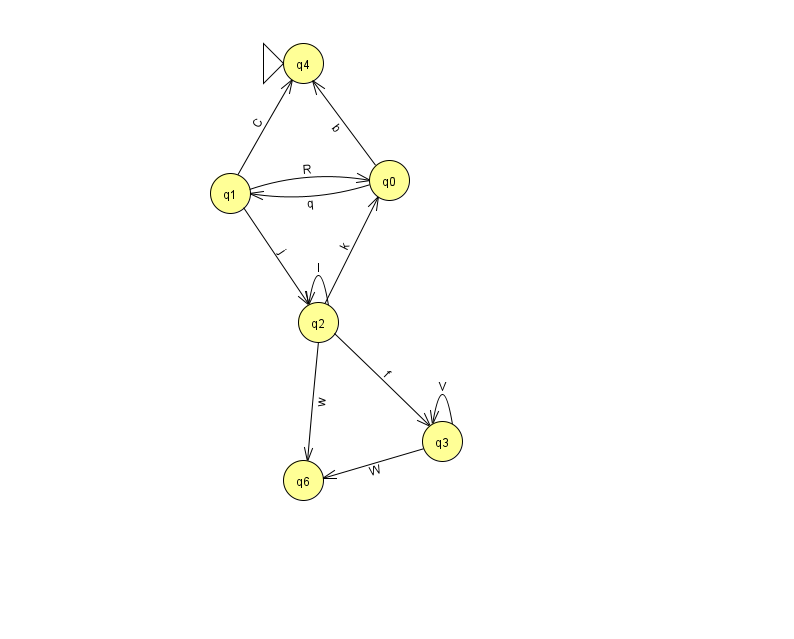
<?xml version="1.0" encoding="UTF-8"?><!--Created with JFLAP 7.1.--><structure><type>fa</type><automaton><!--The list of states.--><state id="0" name="q0"><x>389.0</x><y>167.0</y></state><state id="1" name="q1"><x>230.0</x><y>180.0</y></state><state id="2" name="q2"><x>318.0</x><y>309.0</y></state><state id="3" name="q3"><x>442.0</x><y>428.0</y></state><state id="4" name="q4"><x>303.0</x><y>50.0</y><initial/></state><state id="6" name="q6"><x>303.0</x><y>467.0</y></state><!--The list of transitions.--><transition><from>2</from><to>3</to><read>f</read></transition><transition><from>2</from><to>6</to><read>w</read></transition><transition><from>0</from><to>4</to><read>b</read></transition><transition><from>1</from><to>0</to><read>R</read></transition><transition><from>0</from><to>1</to><read>q</read></transition><transition><from>3</from><to>3</to><read>V</read></transition><transition><from>3</from><to>6</to><read>W</read></transition><transition><from>1</from><to>4</to><read>C</read></transition><transition><from>1</from><to>2</to><read>j</read></transition><transition><from>2</from><to>2</to><read>l</read></transition><transition><from>2</from><to>0</to><read>k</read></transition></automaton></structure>